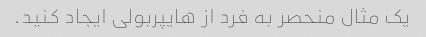
یک مثال منحصر به فرد از هایپربولی ایجاد کنید.